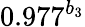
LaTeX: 0.977^{b_{3}}